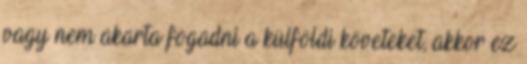
vagy nem akarta fogadni a külföldi követeket, akkor ez